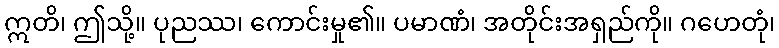
ဣတိ၊ ဤသို့။ ပုညဿ၊ ကောင်းမှု၏။ ပမာဏံ၊ အတိုင်းအရှည်ကို။ ဂဟေတုံ၊